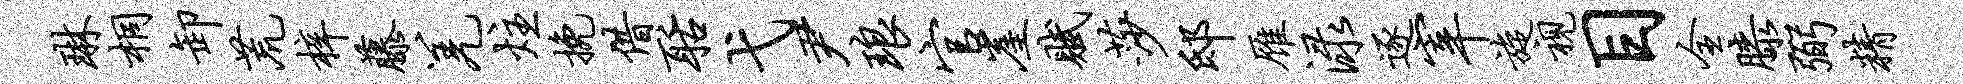
琳桐卸荒梓藤羌炷挽借聒弋尹琅官崖赋莎邸雁渌逐宰旋视目全膝弼精